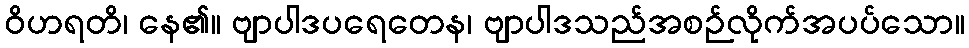
ဝိဟရတိ၊ နေ၏။ ဗျာပါဒပရေတေန၊ ဗျာပါဒသည်အစဉ်လိုက်အပပ်သော။